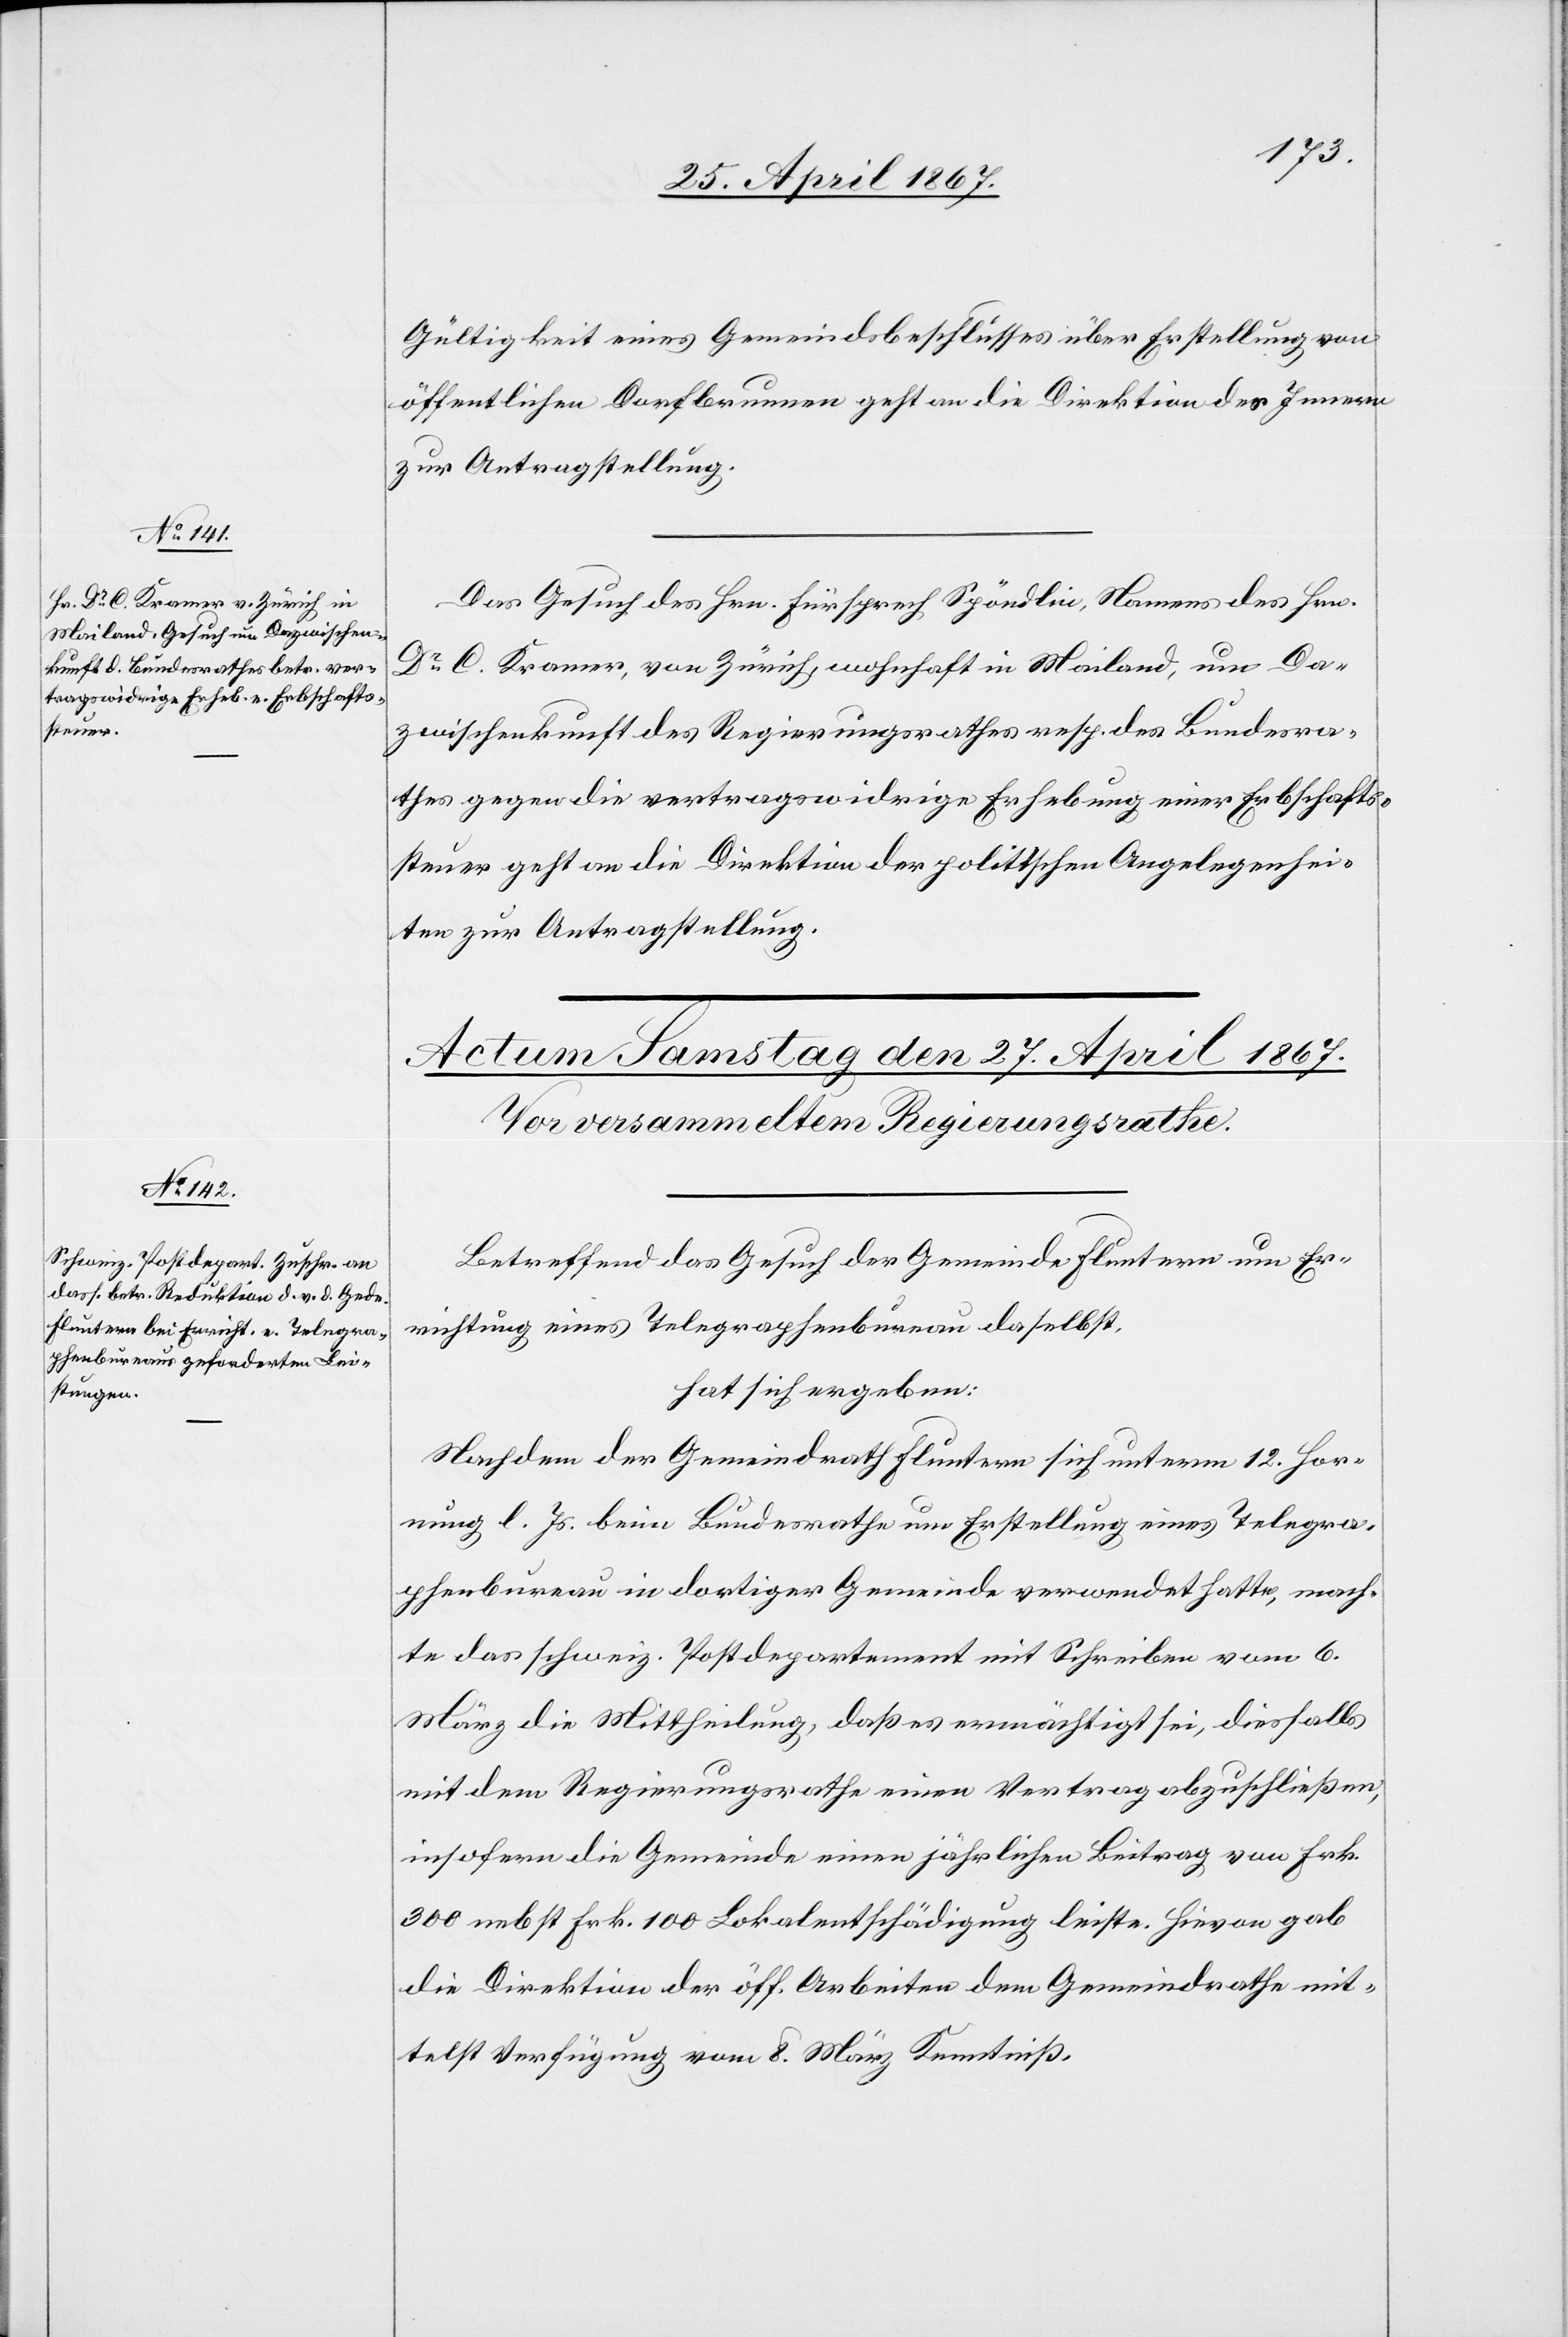
26. April 1867.]
Gültigkeit eines Gemeindsbeschlusses über Erstellung von
öffentlichen Dorfbrunnen geht an die Direktion des Innern
zur Antragstellung.
Das Gesuch des Hrn. Fürsprech Spöndlin, Namens des Hrn.
Dr. C. Kramer, von Zürich, wohnhaft in Mailand, um Da¬
zwischenkunft des Regierungsrathes resp. des Bundesra¬
thes gegen die vertragswidrige Erhebung einer Erbschafts¬
steuer geht an die Direktion der politischen Angelegenhei¬
ten zur Antragstellung.
Betreffend das Gesuch der Gemeinde Fluntern um Er¬
richtung eines Telegraphenbureau daselbst,
hat sich ergeben:
Nachdem der Gemeindrath Fluntern sich unterm 12. Hor¬
nung l. Js. beim Bundesrathe um Erstellung eines Telegra¬
phenbureau in dortiger Gemeinde verwendet hatte, mach¬
te das schweiz. Postdepartement mit Schreiben vom 6.
März die Mittheilung, daß es ermächtigt sei, diesfalls
mit dem Regierungsrathe einen Vertrag abzuschließen,
insofern die Gemeinde einen jährlichen Beitrag von Frk.
300 nebst Frk. 100 Lokalentschädigung leiste. Hievon gab
die Direktion der öff. Arbeiten dem Gemeindrathe mit¬
telst Verfügung vom 8. März Kenntniß.